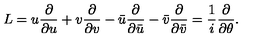
L = u { \frac { \partial } { \partial u } } + v { \frac { \partial } { \partial v } } - \bar { u } { \frac { \partial } { \partial \bar { u } } } - \bar { v } { \frac { \partial } { \partial \bar { v } } } = { \frac { 1 } { i } } { \frac { \partial } { \partial \theta } } .